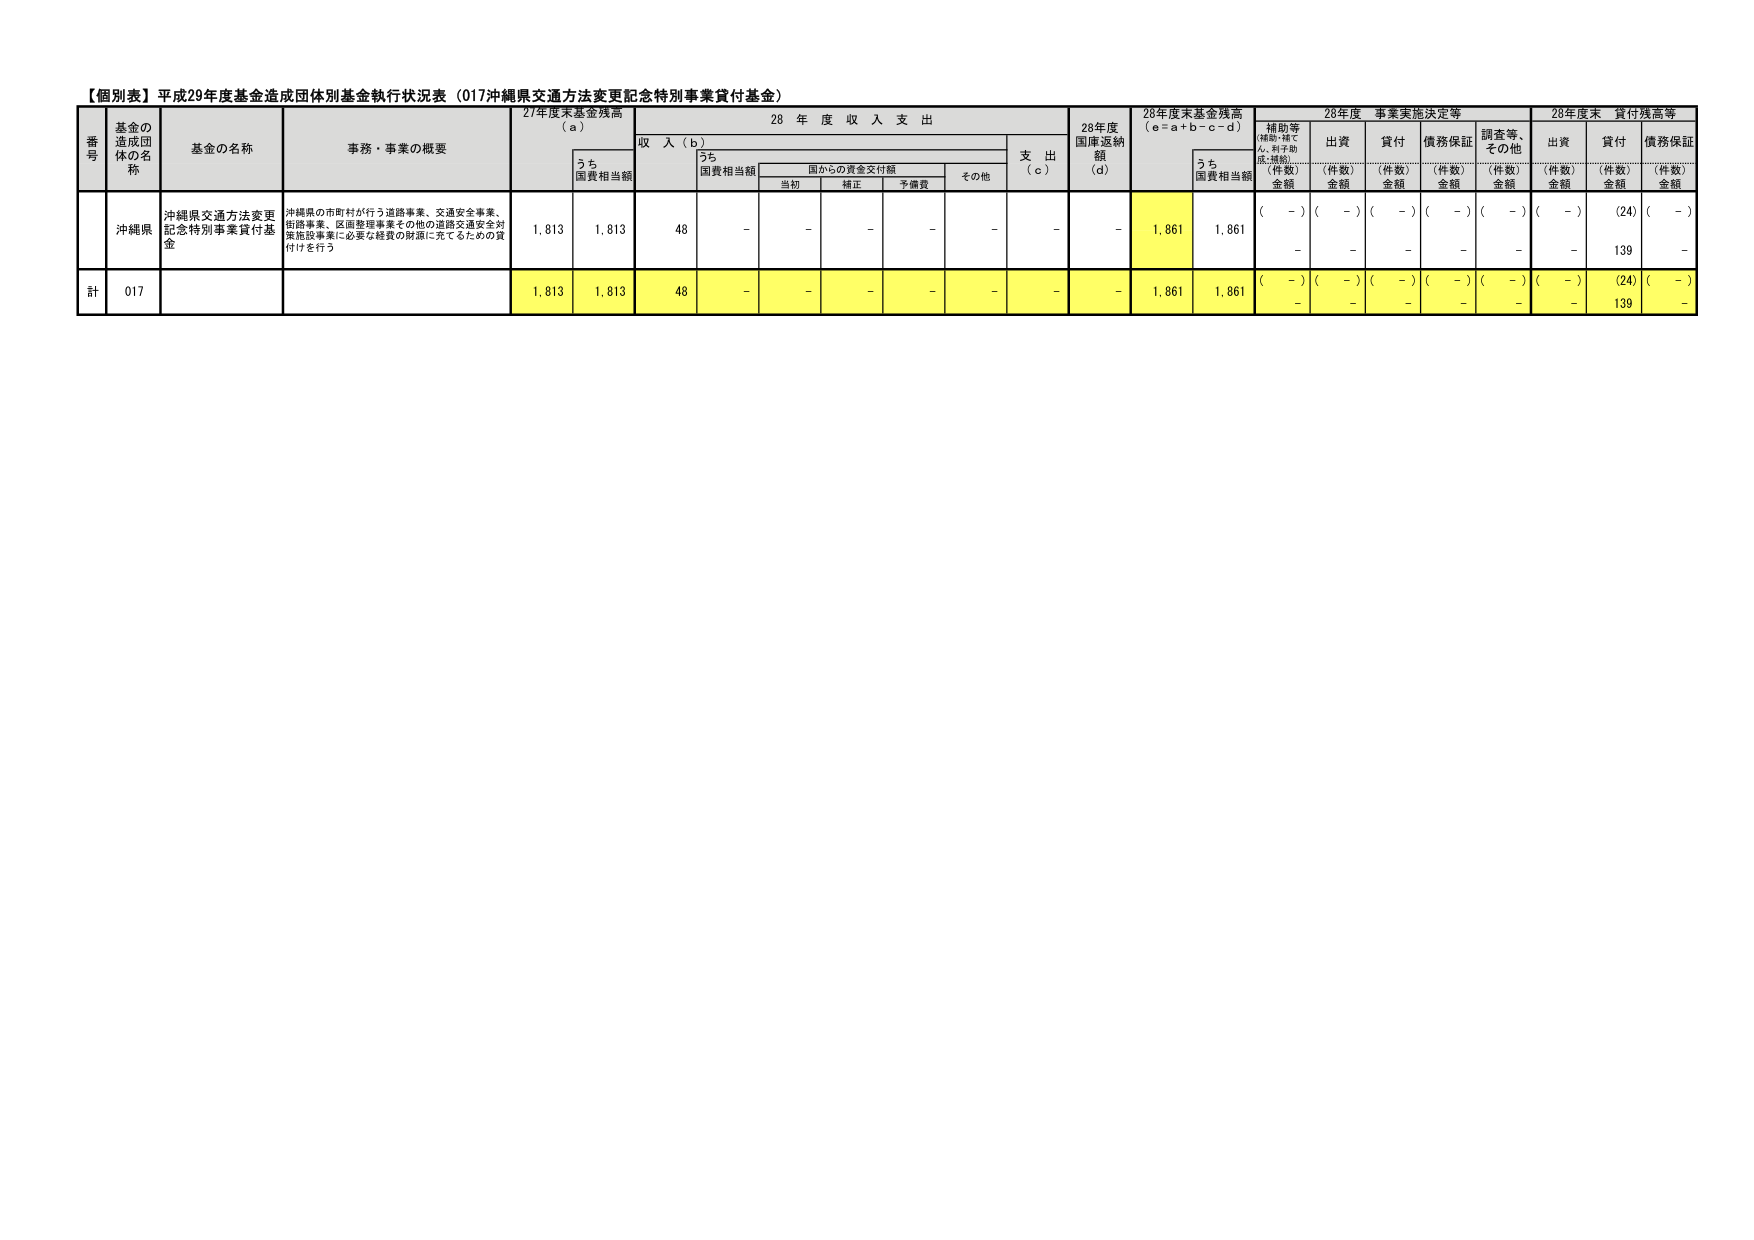
【個別表】平成29年度基金造成団体別基金執行状況表（017沖縄県交通方法変更記念特別事業貸付基金）

番号 基金の造成団体の名称 基金の名称 事務・事業の概要 27年度末基金残高（a） 28年度収入支出 28年度国庫返納額（d） 28年度末基金残高（e=a+b-c-d） 28年度事業実施決定等 28年度末貸付残高等

うち 国費相当額 収入（b） うち 国費相当額 国からの資金交付額 その他 支出（c） 補助等（補助・補てん、利子助成、無償） 出資 貸付 債務保証 調査等、その他 出資 貸付 債務保証

当初 補正 予備費 （件数）金額 （件数）金額 （件数）金額 （件数）金額 （件数）金額 （件数）金額 （件数）金額 （件数）金額

沖縄県 沖縄県交通方法変更記念特別事業貸付基金 沖縄県の市町村が行う道路事業、交通安全事業、街路事業、区画整理事業その他の道路交通安全対策施設事業に必要な経費の財源に充てるための貸付けを行う 1,813 1,813 48 - - - - - - 1,861 1,861 （-） （-） （-） （-） （-） （-） （24） （-） - - - - - - 139 -

計 017 1,813 1,813 48 - - - - - - 1,861 1,861 （-） （-） （-） （-） （-） （-） （24） （-） - - - - - - 139 -